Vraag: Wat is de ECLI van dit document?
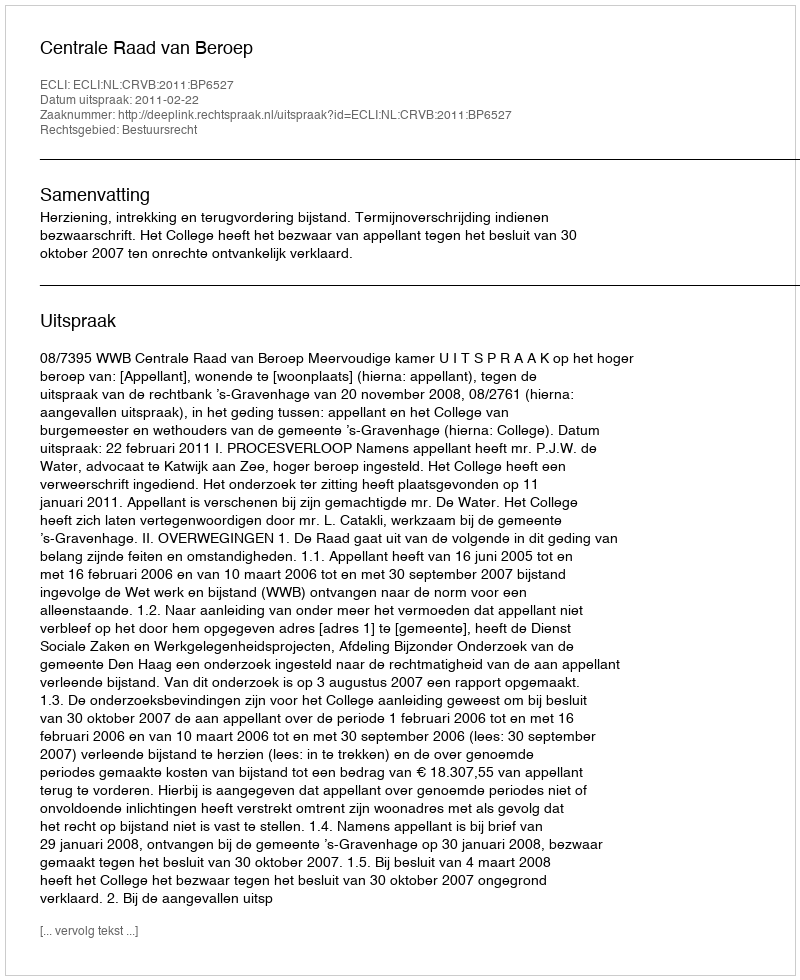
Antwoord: ECLI:NL:CRVB:2011:BP6527